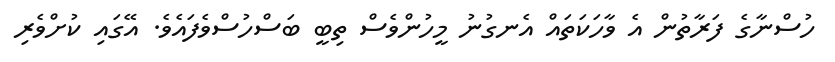
ހުސްނާގެ ފަރާތުން އެ ވާހަކަތައް އެނގުނު މީހުންވެސް ތިބީ ބަސްހުސްވެފައެވެ. އޭގައި ކުށްވެރި